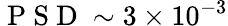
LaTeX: \mathrm{~P~S~D~}\sim 3\times 10^{-3}